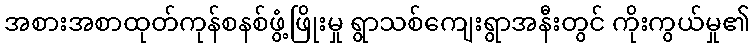
အစားအစာထုတ်ကုန်စနစ်ဖွံ့ဖြိုးမှု ရွာသစ်ကျေးရွာအနီးတွင် ကိုးကွယ်မှု၏